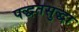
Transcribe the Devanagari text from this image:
पद्धतसुद्धा